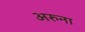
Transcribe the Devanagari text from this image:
अरुना